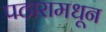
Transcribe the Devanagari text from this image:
पठारामधून